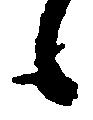
候